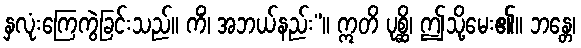
နှလုံးကြေကွဲခြင်းသည်။ ကိံ၊ အဘယ်နည်း”။ ဣတိ ပုစ္ဆိ၊ ဤသို့မေး၏။ ဘန္တေ၊